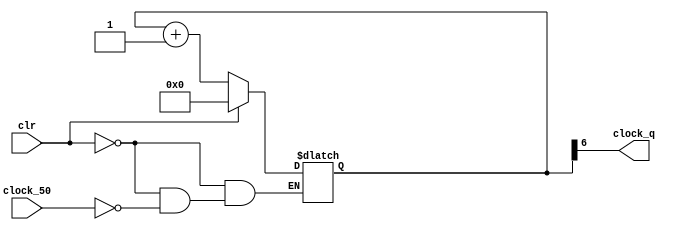
`timescale 1ns/1ps

module clkdiv (clock_50,clr,clock_q);

	input clock_50;
	input clr;
	output wire clock_q;
	
	reg [23:0] q;
	
	always @(clock_50,clr)
	
		begin
			if(clr == 1)
				begin
				q = 'h000000; //hex number
				end
			else if(clock_50 == 1)
				begin
				q = q+1;
				end
		end
assign clock_q = q[6];

endmodule